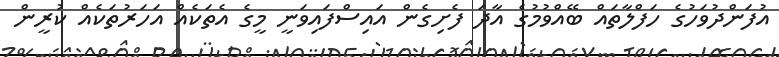
އުފަންދުވަހުގެ ހަފްލާތައް ބޭއްވުމުގެ އާދަ ފެށިގެން އައިސްފައިވަނީ މީގެ އެތަކެއް އަހަރުތަކެއް ކުރީން